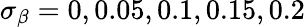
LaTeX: \sigma_{\beta}=0,0.05,0.1,0.15,0.2